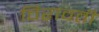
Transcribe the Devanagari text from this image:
विरावती